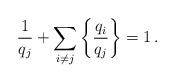
LaTeX: \begin{align*}\frac{1}{q_j}+\sum_{i\neq j}\left\{\frac{q_i}{q_j}\right\} = 1 \, .\end{align*}